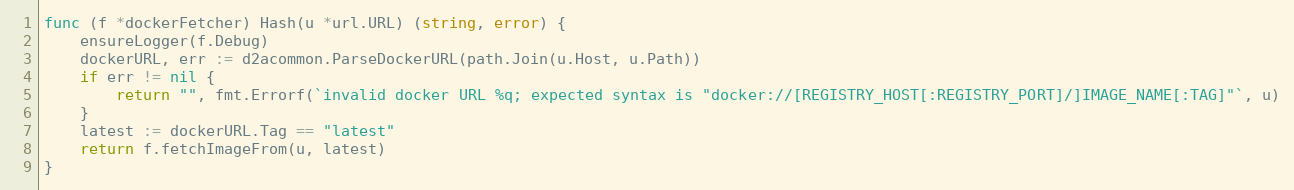
Language: Go
func (f *dockerFetcher) Hash(u *url.URL) (string, error) {
	ensureLogger(f.Debug)
	dockerURL, err := d2acommon.ParseDockerURL(path.Join(u.Host, u.Path))
	if err != nil {
		return "", fmt.Errorf(`invalid docker URL %q; expected syntax is "docker://[REGISTRY_HOST[:REGISTRY_PORT]/]IMAGE_NAME[:TAG]"`, u)
	}
	latest := dockerURL.Tag == "latest"
	return f.fetchImageFrom(u, latest)
}